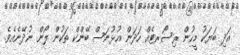
އަދި ބަޔަކު މީހުން ރިސޯރޓެއް ހަދަން އުޅުނަސް ބޭންކް ތަކުން ލޯން ނުދޭނެއެވެ.